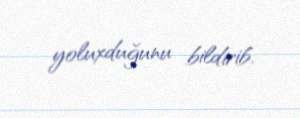
yoluxduğunu bildirib.